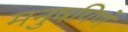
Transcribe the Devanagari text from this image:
मनुषपिणे